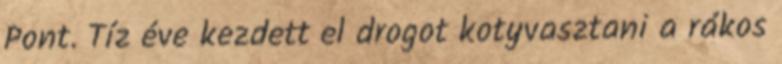
Pont. Tíz éve kezdett el drogot kotyvasztani a rákos